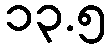
၁၃.၅